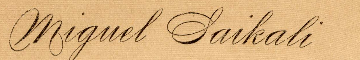
Miguel Saikali